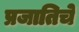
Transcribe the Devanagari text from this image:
प्रजातिचे